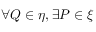
\forall Q \in \eta , \exists P \in \xi